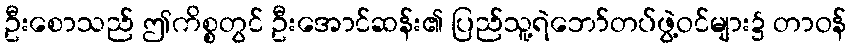
ဦးစောသည် ဤကိစ္စတွင် ဦးအောင်ဆန်း၏ ပြည်သူ့ရဲဘော်တပ်ဖွဲ့ဝင်များ၌ တာဝန်